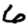
Digit: 6